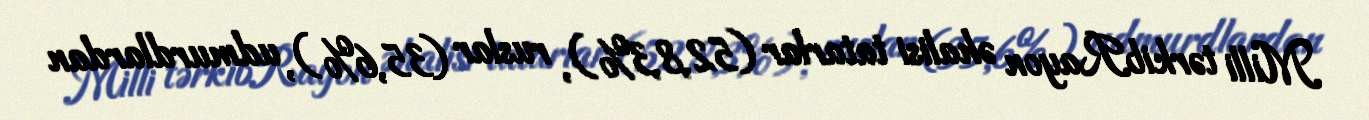
Milli tərkibRayon əhalisi tatarlar (52,8,3%), ruslar (35,6%), udmurdlardan